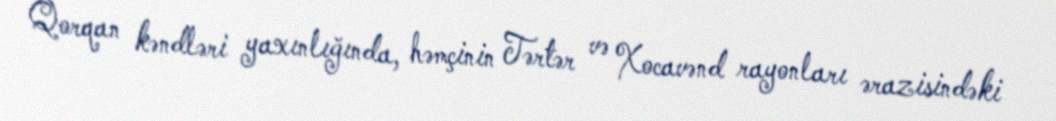
Qorqan kəndləri yaxınlığında, həmçinin Tərtər və Xocavənd rayonları ərazisindəki